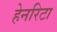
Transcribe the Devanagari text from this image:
हेनरिटा